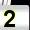
Digit: 2